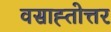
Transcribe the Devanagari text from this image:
वसाह्तोत्तर